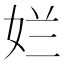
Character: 𮰾